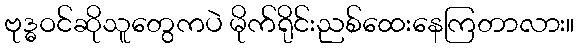
ဗုဒ္ဓဝင်ဆိုသူတွေကပဲ မိုက်ရိုင်းညစ်ထေးနေကြတာလား။